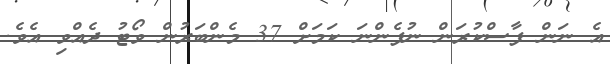
އެ ނަން ފާސްކުރަން ނުފެންނަ ކަމަށް 37 މެންބަރުން ވޯޓު ދެއްވި އެވެ.